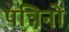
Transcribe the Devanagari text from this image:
पन्निनो